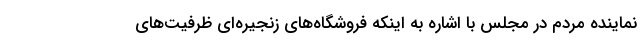
نماینده مردم در مجلس با اشاره به اینکه فروشگاه‌های زنجیره‌ای ظرفیت‌های